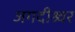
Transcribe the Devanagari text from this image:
जगदीश्र्वर